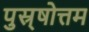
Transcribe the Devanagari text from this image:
पुस्र्षोत्तम